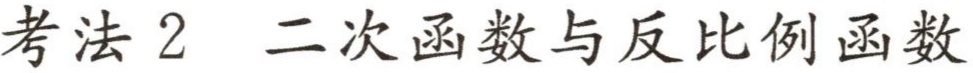
考法 2  二次函数与反比例函数